Annual statistical returns and brief notes on vaccination in Bengal - 1887-1898
Year: 1887
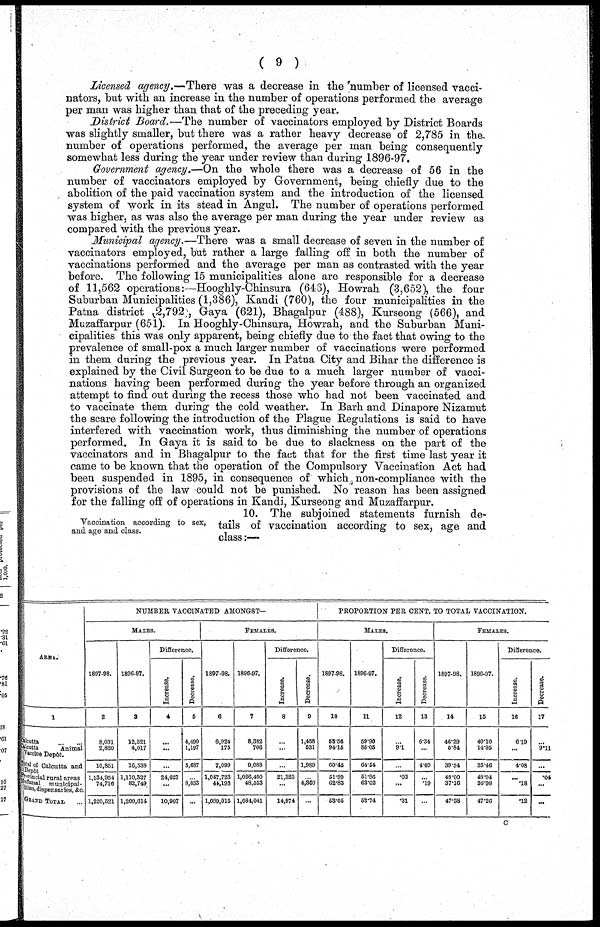
( 9 )
Licensed agency.—There was a decrease in the number of licensed vacci-
nators, but with an increase in the number of operations performed the average
per man was higher than that of the preceding year.
District Board.—The number of vaccinators employed by District Boards
was slightly smaller, but there was a rather heavy decrease of 2,785 in the.
number of operations performed, the average per man being consequently
somewhat less during the year under review than during 1896-97.
Government agency.—On the whole there was a decrease of 56 in the
number of vaccinators employed by Government, being chiefly due to the
abolition of the paid vaccination system and the introduction of the licensed
system of work in its stead in Angul. The number of operations performed
was higher, as was also the average per man during the year under review as
compared with the previous year.
Municipal agency.—There was a small decrease of seven in the number of
vaccinators employed, but rather a large falling off in both the number of
vaccinations performed and the average per man as contrasted with the year
before. The following 15 municipalities alone are responsible for a decrease
of 11,562 operations:—Hooghly-Chinsura (646), Howrah (3,652), the four
Suburban Municipalities (1,386), Kandi (760), the four municipalities in the
Patna district (2,792), Gaya (621), Bhagalpur (488), Kurseong (566), and
Muzaffarpur (651). In Hooghly-Chinsura, Howrah, and the Suburban Muni-
cipalities this was only apparent, being chiefly due to the fact that owing to the
prevalence of small-pox a much larger number of vaccinations were performed
in them during the previous year. In Patna City and Bihar the difference is
explained by the Civil Surgeon to be due to a much larger number of vacci-
nations having been performed during the year before through an organized
attempt to find out during the recess those who had not been vaccinated and
to vaccinate them during the cold weather. In Barh and Dinapore Nizamut
the scare following the introduction of the Plague Regulations is said to have
interfered with vaccination work, thus diminishing the number of operations
performed. In Gaya it is said to be due to slackness on the part of the
vaccinators and in Bhagalpur to the fact that for the first time last year it
came to be known that the operation of the Compulsory Vaccination Act had
been suspended in 1895, in consequence of which non-compliance with the
provisions of the law could not be punished. No reason has been assigned
for the falling off of operations in Kandi, Kurseong and Muzaffarpur.
Vaccination according to sex,
and age and class.
10. The subjoined statements furnish de-
tails of vaccination according to sex, age and
class:—
AREA.
1
Culcutta ... ...
Calcutta
Animal
vaccine Depôt.
Total of Calcutta and
Depôt
Provincial rural areas
Mufassal municipal-
ities, dispensaries, &c.
GRAND TOTAL ...
NUMBER VACCINATED AMONGST—
MALES.
1897-98.
2
8,031
2,820
10,851
1,134,954
74,716
1,220,521
1896-97.
3
12,521
4,017
16,538
1,110,327
82,749
1,209,614
Difference.
Increase.
4
...
...
...
24,627
...
10,907
Decrease.
5
4,490
1,197
5,687
...
8,033
...
FEMALES.
1897-98.
6
6,924
175
7,099
1,047,723
44,193
1,099,015
1896-97.
7
8,382
706
9,088
1,026,400
48,553
1,084,041
Difference.
Increase.
8
...
...
...
21,323
...
14,974
Decrease.
9
1,458
531
1,989
...
4,360
...
PROPORTION PER CENT. TO TOTAL VACCINATION.
MALES.
1897-98.
10
53.56
94.16
60.45
61.99
62.83
53.05
1896-97.
11
59.90
85.05
64.54
51.96
63.02
52.74
Difference.
Increase.
12
...
9.1
...
.03
...
.31
Decrease.
13
6.34
...
4.09
.19
...
FEMALES.
1897-98.
14
46.29
5.84
39.54
48.00
37.16
47.38
1896-97.
15
40.10
14.95
35.46
48.04
36.98
47.26
Difference.
Increase.
16
6.19
...
4.08
...
.18
.12
Decrease.
17
...
9.11
...
.04
...
...
C